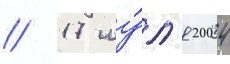
// 17 иу́л'я 2004